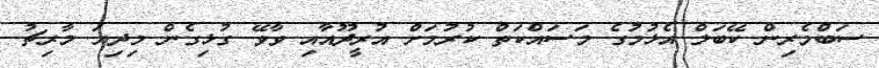
ސަބްމެރިން ކޭބަލް އެޅުމުގެ މަސައްކަތް ކުރުމަށް އުރީދޫއާއި ވާވޭ ގުޅިގެން މިދިޔަ މާރިޗު